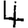
Digit: 4